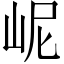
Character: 㞾